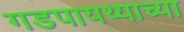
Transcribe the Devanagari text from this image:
गडपायथ्याच्या